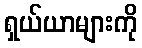
ရှယ်ယာများကို